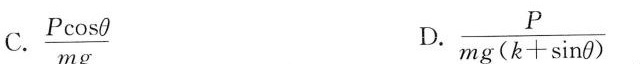
C.$$\frac{P \cos \theta}{mg}$$ D。 $$\frac{P}{mg(k+ \sin \theta)}$$